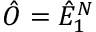
\hat { O } = \hat { E } _ { 1 } ^ { N }